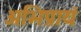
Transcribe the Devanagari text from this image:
अभिप्रायं